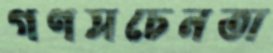
গণসচেনতা